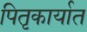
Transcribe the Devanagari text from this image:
पितृकार्यात